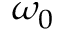
\omega _ { 0 }